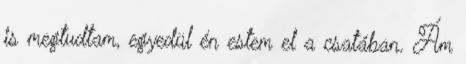
is megtudtam, egyedül én estem el a csatában. Ám